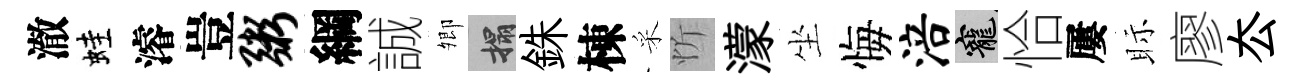
澈蛙濬豈粥綱誠𡖖搨銖棟采忻濛坐悔涪寵恰屢眎廖厺